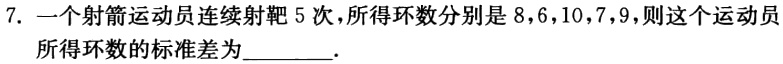
7. 一个射箭运动员连续射靶 5 次，所得环数分别是 8，6，10，7，9，则这个运动员所得环数的标准差为________.